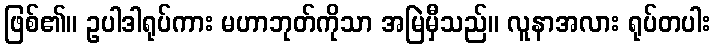
ဖြစ်၏။ ဥပါဒါရုပ်ကား မဟာဘုတ်ကိုသာ အမြဲမှီသည်။ လူနာအလား ရုပ်တပါး